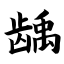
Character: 龋